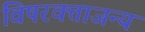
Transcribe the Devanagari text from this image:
विषरक्ताजन्य